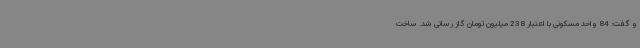
و گفت: 84 واحد مسکونی با اعتبار 238 میلیون تومان گاز رسانی شد. ساخت